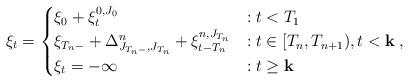
LaTeX: \begin{align*}\xi_t=\begin{cases}\xi_0+\xi_t^{0,J_0}&: t< T_1\\\xi_{T_n-}+\Delta^n_{J_{T_n-},J_{T_n}}+\xi^{n,{J_{T_n}}}_{t-T_n} &: t\in [T_n,T_{n+1}), t<\mathbf k\\\xi_t=-\infty&:t\geq \mathbf k \end{cases},\end{align*}